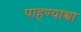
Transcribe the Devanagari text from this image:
पाहण्याच्चा